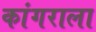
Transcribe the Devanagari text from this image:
कांगराला